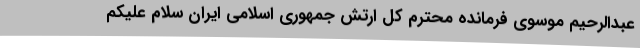
عبدالرحیم موسوی فرمانده محترم کل ارتش جمهوری اسلامی ایران سلام علیکم